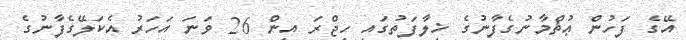
އޭގެ ފަހުން ޢުޘްމާނުގެފާނުގެ ޚިލާފަތުގައި ހިޖްރަ އިން 26 ވަނަ އަހަރު އެކަލޭގެފާނުގެ